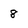
Character: 8